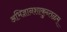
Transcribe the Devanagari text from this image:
अभिज्ञानशाकुन्तळम्